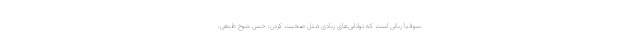
سوفیا رباتی است که توانایی‌های زیادی مثل صحبت کردن، حس شوخ طبعی،